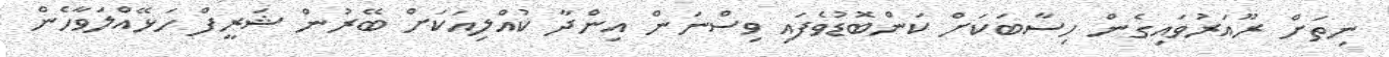
ނިތަށް ރޫއަރުވައިގެން ހިސާބަކަށް ކަންބޮޑުވެފައި ވިސްނަން އިންދާ ކުއްލިއަކަށް ބޭރުން ޝަރީފް ހަޅޭއްލަވާހެން